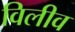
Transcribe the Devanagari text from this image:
विलीव